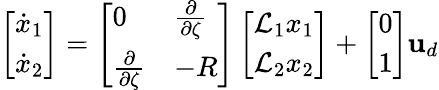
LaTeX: \left[\begin{array}{l}{\dot{x}_{1}}\\ {\dot{x}_{2}}\end{array}\right]=\left[\begin{array}{ll}{0}&{\frac{\partial}{\partial\zeta}}\\ {\frac{\partial}{\partial\zeta}}&{-R}\end{array}\right]\left[\begin{array}{l}{\mathcal{L}_{1}x_{1}}\\ {\mathcal{L}_{2}x_{2}}\end{array}\right]+\left[\begin{array}{l}{0}\\ {1}\end{array}\right]\mathbf{u}_{d}